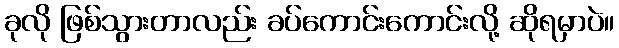
ခုလို ဖြစ်သွားတာလည်း ခပ်ကောင်းကောင်းလို့ ဆိုရမှာပဲ။